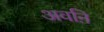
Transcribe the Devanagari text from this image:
अवऩि